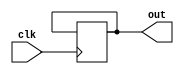
module frozen(clk, out);

   input        clk;
   output reg   out;

   always @(posedge clk) begin
      out <= out;
   end

endmodule // frozen